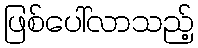
ဖြစ်ပေါ်လာသည့်